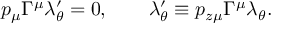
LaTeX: p _ { \mu } \Gamma ^ { \mu } \lambda _ { \theta } ^ { \prime } = 0 , \qquad \lambda _ { \theta } ^ { \prime } \equiv p _ { z \mu } \Gamma ^ { \mu } \lambda _ { \theta } .